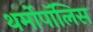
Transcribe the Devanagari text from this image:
थर्मोपॉलिस